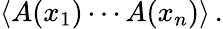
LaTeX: \langle A(x_{1})\cdots A(x_{n})\rangle\, .